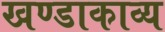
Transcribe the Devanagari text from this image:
खण्डाकाव्य